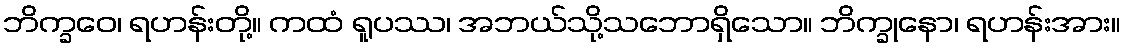
ဘိက္ခဝေ၊ ရဟန်းတို့။ ကထံ ရူပဿ၊ အဘယ်သို့သဘောရှိသော။ ဘိက္ခုနော၊ ရဟန်းအား။